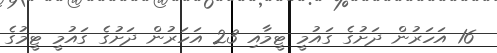
16 އަހަރުން ދަށުގެ ގައުމީ ޓީމާއި 23 އަހަރުން ދަށުގެ ގައުމީ ޓީމުގެ